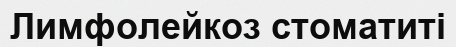
Лимфолейкоз стоматиті